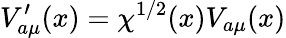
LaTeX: V_{a\mu}^{\prime}(x)=\chi^{1/2}(x)V_{a\mu}(x)